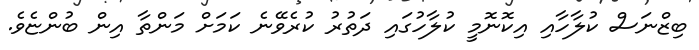
ބިޒްނަސް ކުލާހާއި އިކޮނޮމީ ކުލާހުގައި ދަތުރު ކުރެވޭނެ ކަމަށް މަންތާ އިން ބުންޏެވެ.